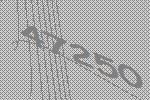
47250